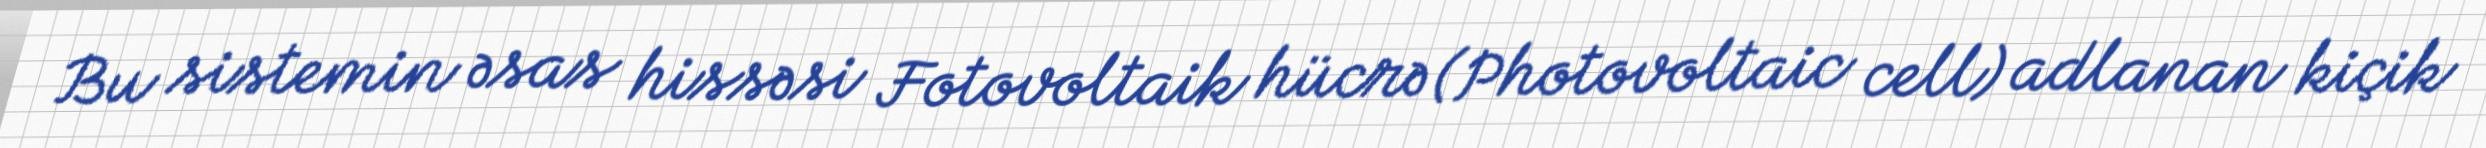
Bu sistemin əsas hissəsi Fotovoltaik hücrə (Photovoltaic cell) adlanan kiçik